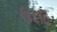
ઉદધિ